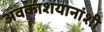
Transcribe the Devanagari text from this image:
अवकाशयानांशी